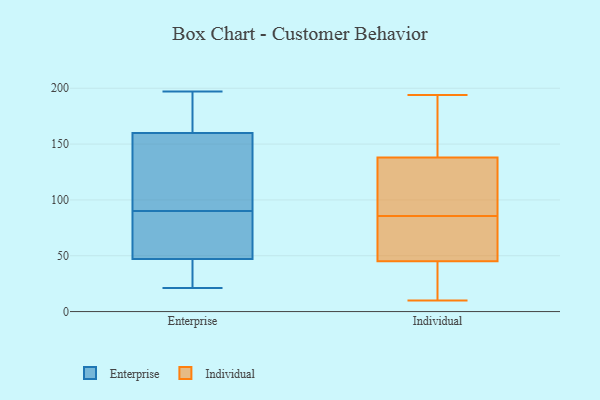
{"axis": {"x": "Website Visitors", "y": "Value"}, "legend": ["Enterprise", "Individual"], "data": [{"x": "", "y": 136, "type": "Enterprise"}, {"x": "", "y": 42, "type": "Enterprise"}, {"x": "", "y": 189, "type": "Enterprise"}, {"x": "", "y": 86, "type": "Enterprise"}, {"x": "", "y": 53, "type": "Enterprise"}, {"x": "", "y": 160, "type": "Enterprise"}, {"x": "", "y": 33, "type": "Enterprise"}, {"x": "", "y": 21, "type": "Enterprise"}, {"x": "", "y": 109, "type": "Enterprise"}, {"x": "", "y": 60, "type": "Enterprise"}, {"x": "", "y": 47, "type": "Enterprise"}, {"x": "", "y": 94, "type": "Enterprise"}, {"x": "", "y": 197, "type": "Enterprise"}, {"x": "", "y": 172, "type": "Enterprise"}, {"x": "", "y": 163, "type": "Individual"}, {"x": "", "y": 57, "type": "Individual"}, {"x": "", "y": 194, "type": "Individual"}, {"x": "", "y": 86, "type": "Individual"}, {"x": "", "y": 20, "type": "Individual"}, {"x": "", "y": 17, "type": "Individual"}, {"x": "", "y": 55, "type": "Individual"}, {"x": "", "y": 138, "type": "Individual"}, {"x": "", "y": 10, "type": "Individual"}, {"x": "", "y": 93, "type": "Individual"}, {"x": "", "y": 45, "type": "Individual"}, {"x": "", "y": 22, "type": "Individual"}, {"x": "", "y": 190, "type": "Individual"}, {"x": "", "y": 58, "type": "Individual"}, {"x": "", "y": 85, "type": "Individual"}, {"x": "", "y": 119, "type": "Individual"}, {"x": "", "y": 109, "type": "Individual"}, {"x": "", "y": 156, "type": "Individual"}]}